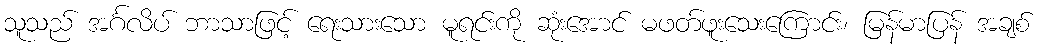
သူသည် အင်္ဂလိပ် ဘာသာဖြင့် ရေးသားသော မူရင်းကို ဆုံးအောင် မဖတ်ဖူးသေးကြောင်း၊ မြန်မာပြန် အချစ်